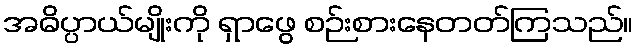
အဓိပ္ပာယ်မျိုးကို ရှာဖွေ စဉ်းစားနေတတ်ကြသည်။